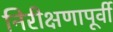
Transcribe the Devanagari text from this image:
निरीक्षणापूर्वी